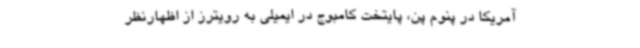
آمریکا در پنوم پن، پایتخت کامبوج در ایمیلی به رویترز از اظهارنظر